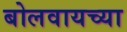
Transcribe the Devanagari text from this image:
बोलवायच्या